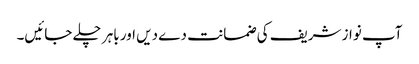
آپ نواز شریف کی ضمانت دے دیں اور باہر چلے جائیں۔